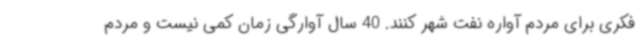
فکری برای مردم آواره نفت شهر کنند. 40 سال آوارگی زمان کمی نیست و مردم